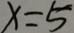
x = 5